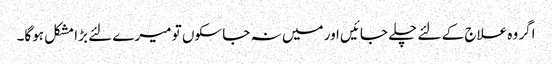
اگر وہ علاج کے لئے چلے جائیں اور میں نہ جا سکوں تو میرے لئے بڑا مشکل ہوگا۔